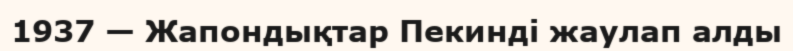
1937 — Жапондықтар Пекинді жаулап алды